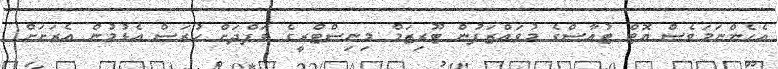
އެހެންނަމަވެސް ޔޮޓް ޓުއާސްގެ މުވައްޒަފުން ޓޫރިޒަމް މިނިސްޓްރީގެ ވަފްދަށް ހުރަސް އެޅުމުން އެރަށަށް